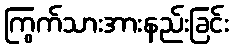
ကြွက်သားအားနည်းခြင်း